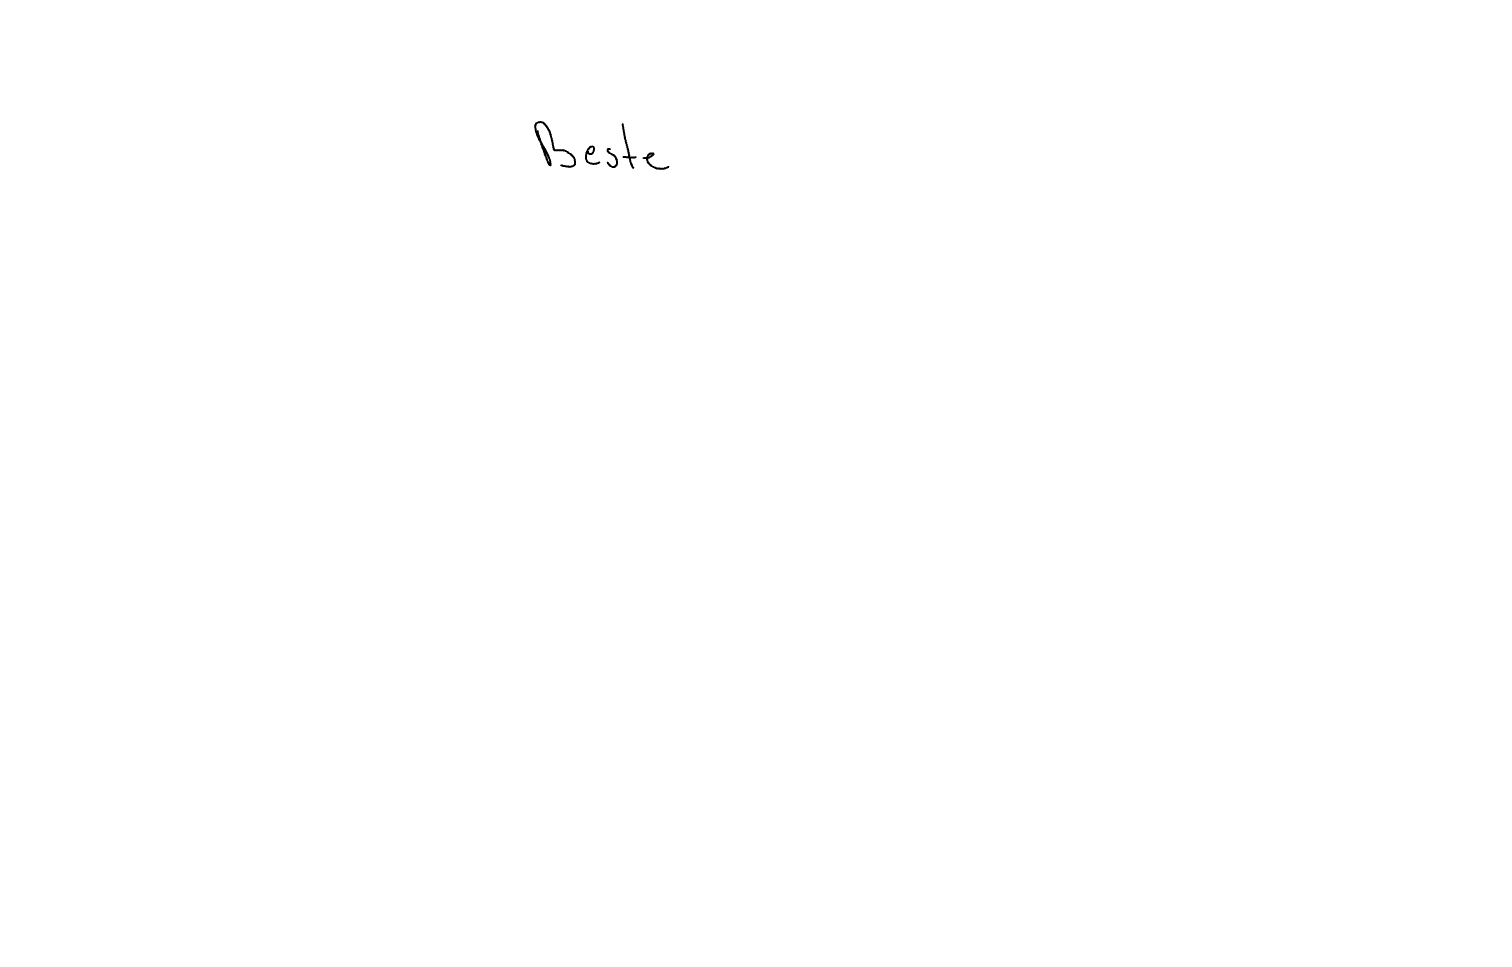
Text: Beste